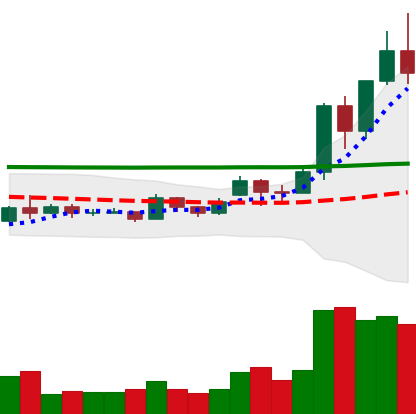
Ticker: EOS-USD
Chart end date: 2020-11-25
Forward return: -5.24%
Label: down_5_7